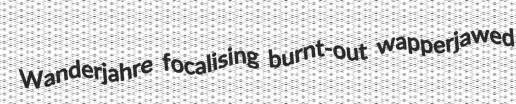
Wanderjahre focalising burnt-out wapperjawed